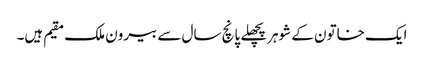
ایک خاتون کے شوہرپچھلے پانچ سال سے بیرون ملک مقیم ہیں۔